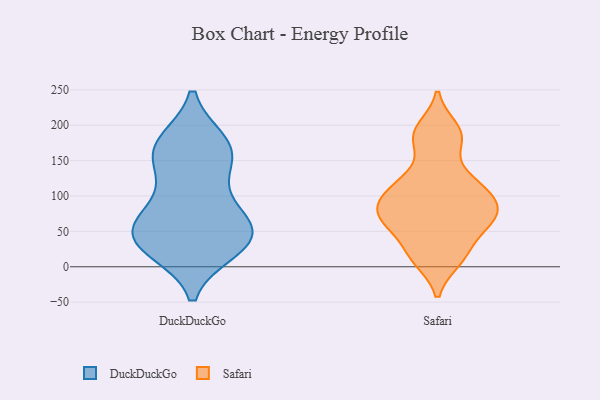
{"axis": {"x": "Revenue (USD Million)", "y": "Value"}, "legend": ["DuckDuckGo", "Safari"], "data": [{"x": "", "y": 175, "type": "DuckDuckGo"}, {"x": "", "y": 88, "type": "DuckDuckGo"}, {"x": "", "y": 57, "type": "DuckDuckGo"}, {"x": "", "y": 24, "type": "DuckDuckGo"}, {"x": "", "y": 44, "type": "DuckDuckGo"}, {"x": "", "y": 25, "type": "DuckDuckGo"}, {"x": "", "y": 33, "type": "DuckDuckGo"}, {"x": "", "y": 153, "type": "DuckDuckGo"}, {"x": "", "y": 176, "type": "DuckDuckGo"}, {"x": "", "y": 156, "type": "DuckDuckGo"}, {"x": "", "y": 172, "type": "DuckDuckGo"}, {"x": "", "y": 130, "type": "DuckDuckGo"}, {"x": "", "y": 81, "type": "DuckDuckGo"}, {"x": "", "y": 60, "type": "DuckDuckGo"}, {"x": "", "y": 36, "type": "DuckDuckGo"}, {"x": "", "y": 49, "type": "DuckDuckGo"}, {"x": "", "y": 117, "type": "Safari"}, {"x": "", "y": 10, "type": "Safari"}, {"x": "", "y": 61, "type": "Safari"}, {"x": "", "y": 123, "type": "Safari"}, {"x": "", "y": 66, "type": "Safari"}, {"x": "", "y": 176, "type": "Safari"}, {"x": "", "y": 72, "type": "Safari"}, {"x": "", "y": 85, "type": "Safari"}, {"x": "", "y": 91, "type": "Safari"}, {"x": "", "y": 116, "type": "Safari"}, {"x": "", "y": 91, "type": "Safari"}, {"x": "", "y": 195, "type": "Safari"}, {"x": "", "y": 28, "type": "Safari"}, {"x": "", "y": 185, "type": "Safari"}, {"x": "", "y": 63, "type": "Safari"}, {"x": "", "y": 13, "type": "Safari"}]}